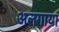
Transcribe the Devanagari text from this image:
अलगाया